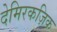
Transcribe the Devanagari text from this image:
देमिरकज़िक